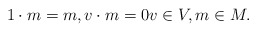
\begin{align*}1\cdot m = m, v \cdot m = 0 v \in V, m \in M.\end{align*}